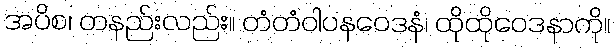
အပိစ၊ တနည်းလည်း။ တံတံဝါပနဝေဒနံ၊ ထိုထိုဝေဒနာကို။